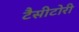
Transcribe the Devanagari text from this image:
टैसीटोरी